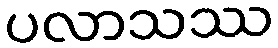
ပလာသဿ